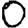
Digit: 0